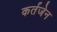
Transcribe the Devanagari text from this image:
कर्तजेन